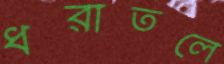
ধরাতলে